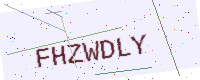
Text: FHZWDLY